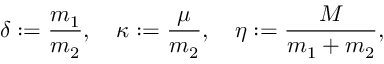
\delta : = \frac { m _ { 1 } } { m _ { 2 } } , \quad \kappa : = \frac { \mu } { m _ { 2 } } , \quad \eta : = \frac { M } { m _ { 1 } + m _ { 2 } } ,